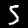
Digit: 5